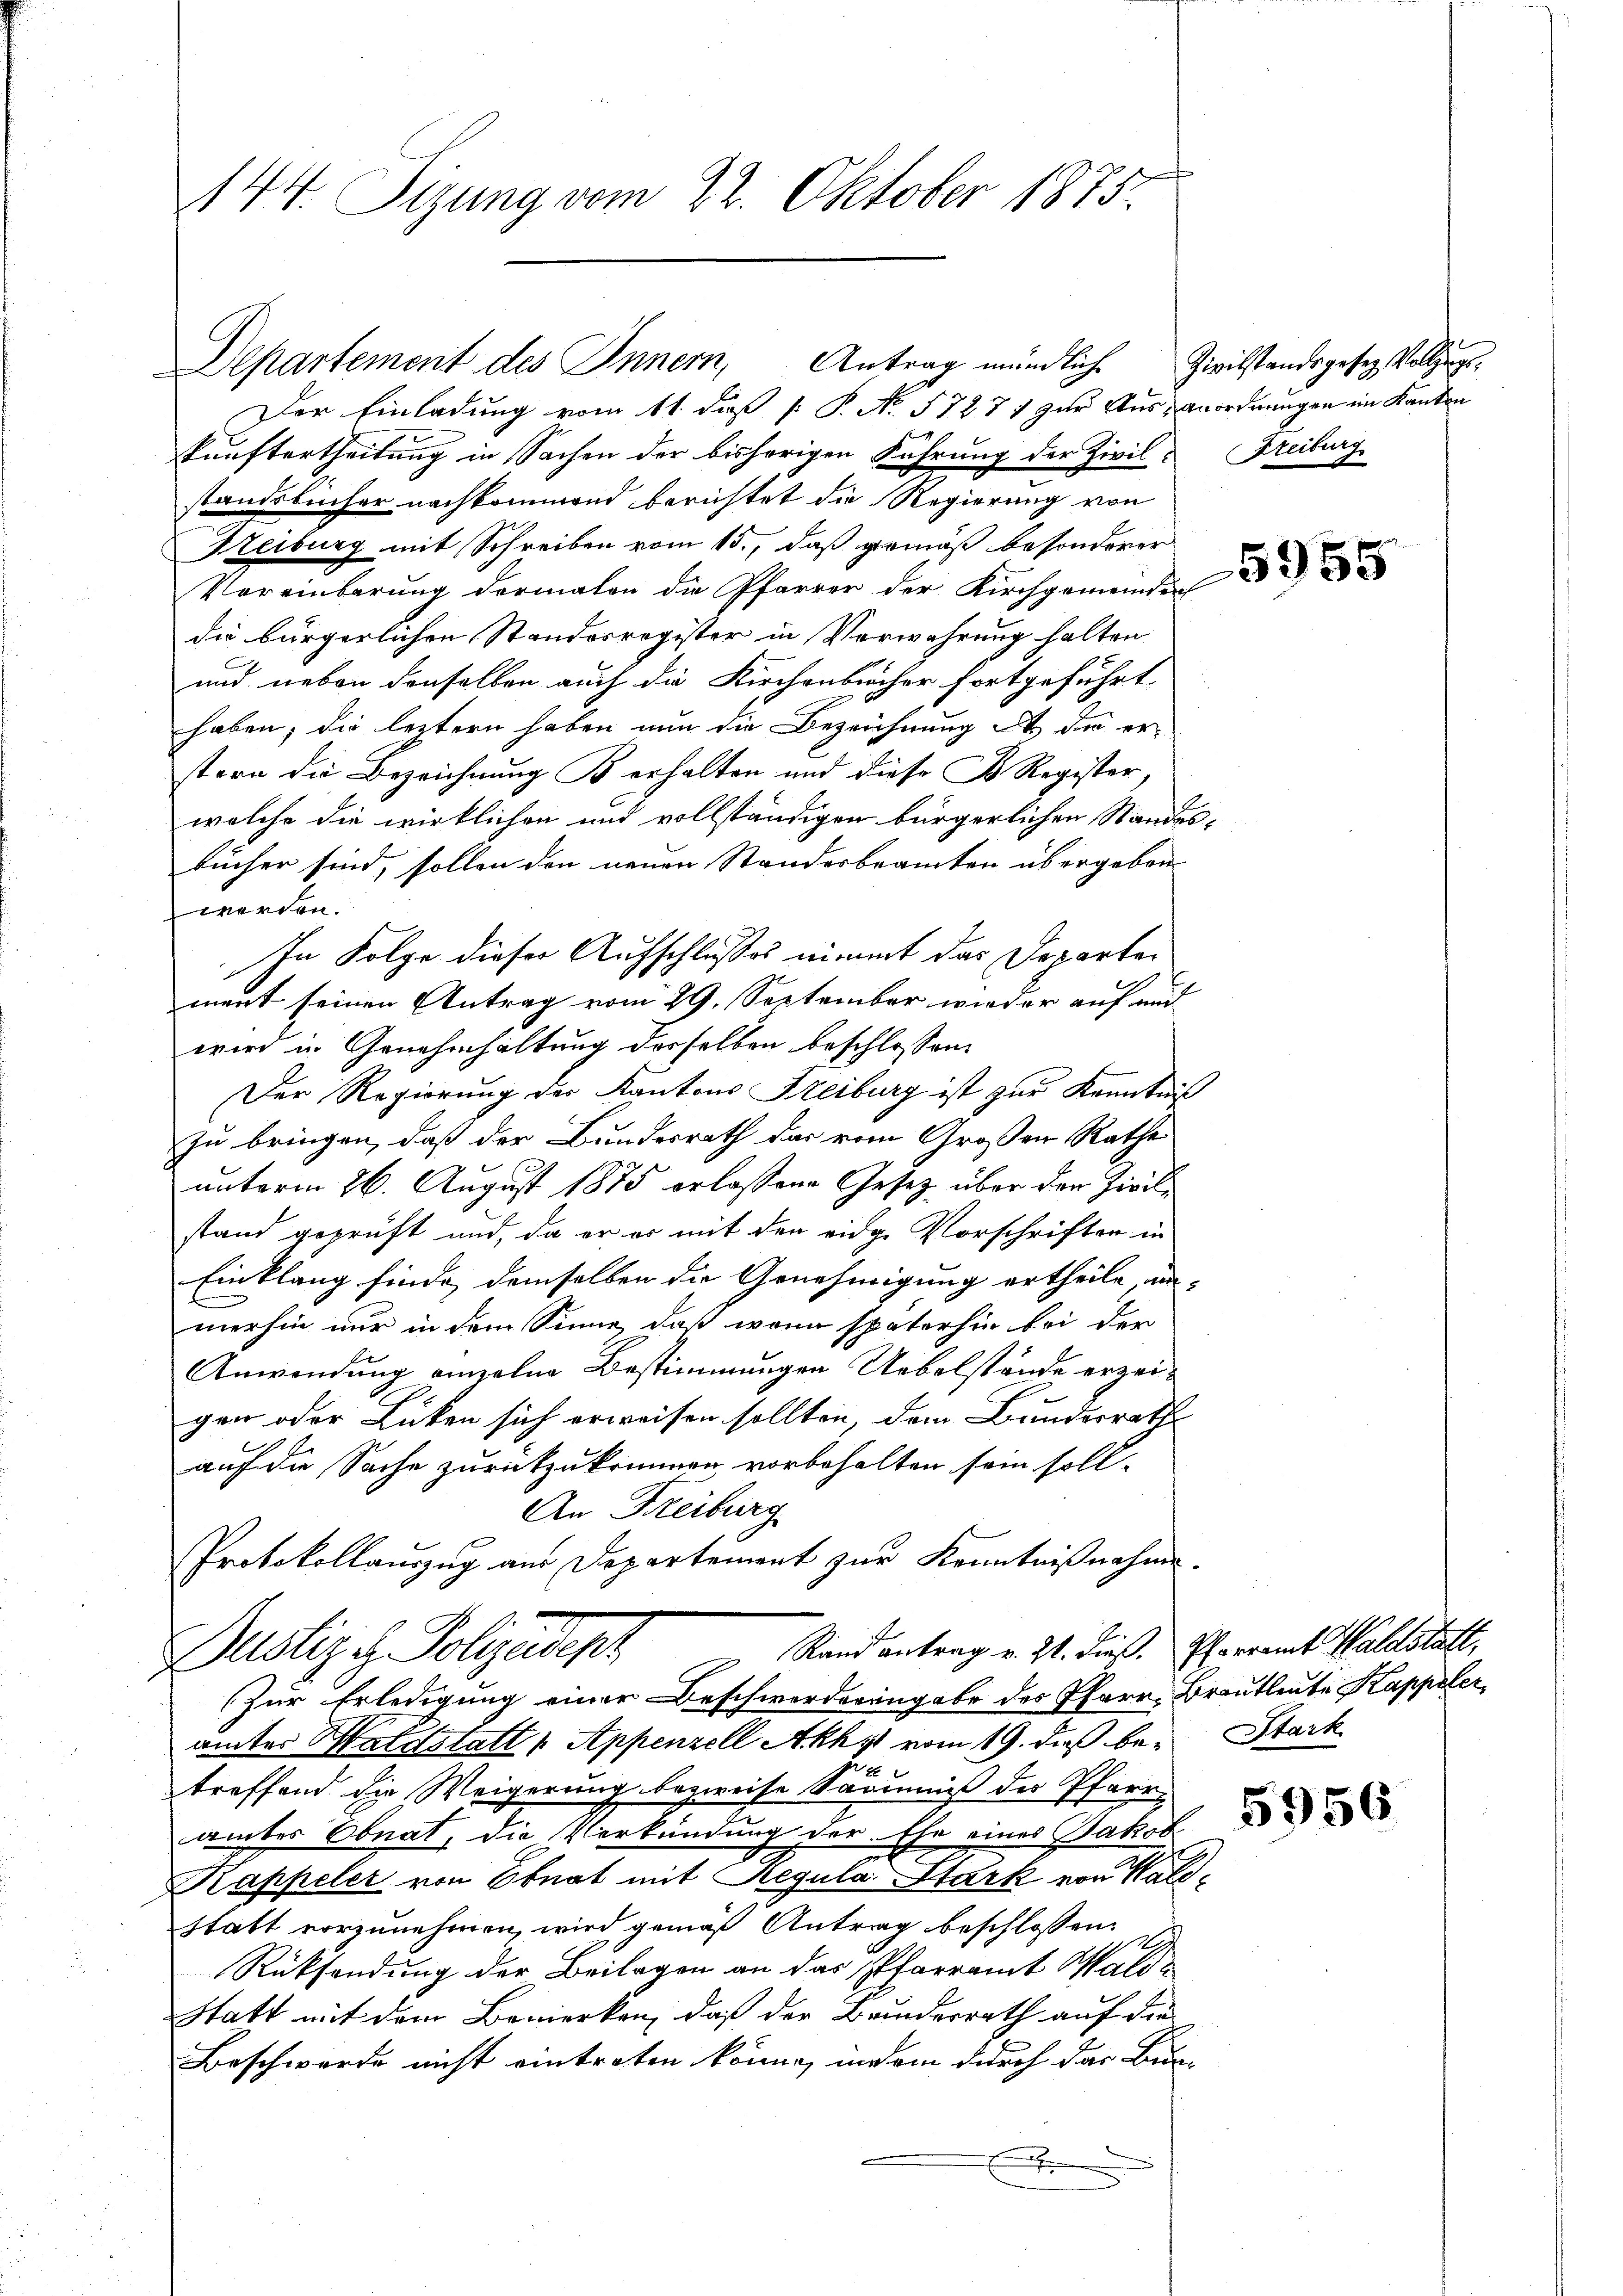
144. Sizung vom 22. Oktober 1875.

Der Einladung vom 11. daß [ P. No. 572. 71 zur Aus- Anordnungen im Kanton
kunftertheilung in Sachen der bisherigen Führung der Zivilstandsbücher nachkommend berichtet die Regierung von
Heiburg mit Schreiben vom 15., daß gemäß besonderer
Vereinbarung dermalen die Pfarrer der Kirchgemeinder
die bürgerlichen Standesregister in Verwahrung halten
und neben denselben auch die Kirchenbücher fortgeführt
haben; die leztern haben nun die Bezeichnung in der erstern die Bezeichnung B erhalten und diese Gs Register,
welche die wirklichen und vollständigen bürgerlichen Standesbücher sind, sollen den neuen Standesbeamten übergeben
werden.
ment seinen Antrag vom 29. September wieder auf und
wird in Genehmhaltung derselben beschlossen:
Der Regierung der Kantons Freiburg ist zur Kenntniß
zu bringen, daß der Bundesrath das vom Großen Rathe
unterm 26. August 1875 erlassene Gesetz über den Zivilstand geprüft und, da er es mit den eidg. Vorschriften in
Einklang finde, demselben die Genehmigung ertheile ein-
merhin nur in dem Sinne, daß wenn späterhin bei der
Anwendung einzelne Bestimmungen Uebelstände erzeigen oder Lücken sich erweisen sollten, dem Bundesrath
auf die Sache zurückzukommen vorbehalten sein soll-
An Freiburg
Protokollauszug aus Departement zur Kenntnißnahme.
Rand antrag v. Zt. dieß. Pfarramt Waldstatt,
Justiz & Polizeident
Zur Erledigung einer Beschwerderengabe des Pfarre Brautleute Kappeler,
amtes Halsstatt Appenzell Akhy vom 19. daß be¬
u
treffend die Weigerung bezweife Säumniß des Pfarramter Ebnat, die Verkündung der Ehe eines Jakob.
Kappeler von Obnat mit Regula Stark von Waldstatt vorzunehmen, wird gemäß Antrag beschlossen:
Rücksendung der Beilagen an das Pfarramt Wald¬
Statt mit dem Bemerken, daß der Bundesrath auf die
Beschwerde nicht eintreten könne, und ein durch das Bur-

.

Departement des Innern, Antrag mündliche Zivilstandsgesez Vollzugs¬

In Folge dieser Aufschlusses nimmt das Departe¬

Freiburg

5955

Stark

5956